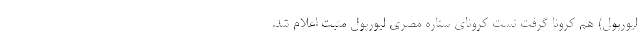
لیورپول) هم کرونا گرفت تست کرونای ستاره مصری لیورپول مثبت اعلام شد.